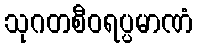
သုဂတစီဝရပ္ပမာဏံ